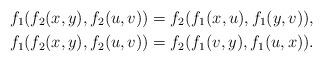
LaTeX: \begin{align*}f_1(f_2(x,y),f_2(u,v))=f_2(f_1(x,u),f_1(y,v)) ,\\ f_1(f_2(x,y),f_2(u,v))=f_2(f_1(v,y),f_1(u,x)).\end{align*}